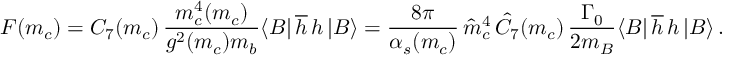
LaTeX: F ( m _ { c } ) = C _ { 7 } ( m _ { c } ) \, { \frac { m _ { c } ^ { 4 } ( m _ { c } ) } { g ^ { 2 } ( m _ { c } ) m _ { b } } } \langle B | \, \overline { { h } } \, h \, | B \rangle = { \frac { 8 \pi } { \alpha _ { s } ( m _ { c } ) } } \, \hat { m } _ { c } ^ { 4 } \, \hat { C } _ { 7 } ( m _ { c } ) \, { \frac { \Gamma _ { 0 } } { 2 m _ { B } } } \langle B | \, \overline { { h } } \, h \, | B \rangle \, .